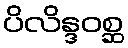
ပိလိန္ဒဝစ္ဆ